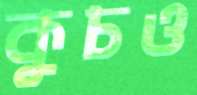
কুচও